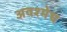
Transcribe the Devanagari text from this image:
अवश्मेध